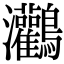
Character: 𪈸